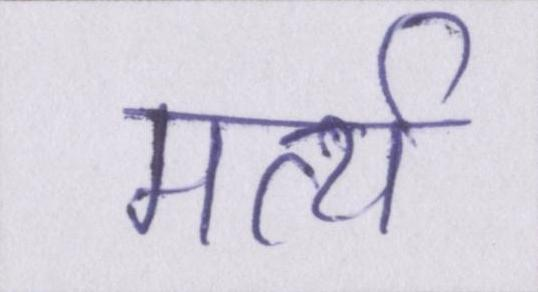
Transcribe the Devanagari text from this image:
मर्त्य